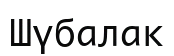
Шүбалак